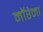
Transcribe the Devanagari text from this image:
मॉरेना